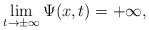
\begin{align*}\lim_{t\to\pm\infty}\Psi(x,t)=+\infty,\end{align*}